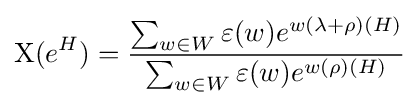
\mathrm {X} (e^{H})={\frac {\sum _{w\in W}\varepsilon (w)e^{w(\lambda +\rho )(H)}}{\sum _{w\in W}\varepsilon (w)e^{w(\rho )(H)}}}